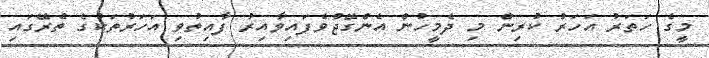
މީގެ ހަތަރު އަހަރު ކުރިން މި ދެމީހުން އެންގޭޖްވެފައިވާއިރު ފާއިތުވި އަހަރުތަކުގެ ތެރޭގައި